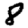
Digit: 8